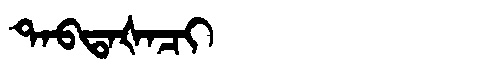
Manchu: ᡨᠠᠪᡨᠠᡧᠠᠴᡳ
Romanization: TABTAŠACI